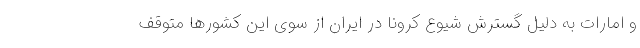
و امارات به دلیل گسترش شیوع کرونا در ایران از سوی این کشورها متوقف